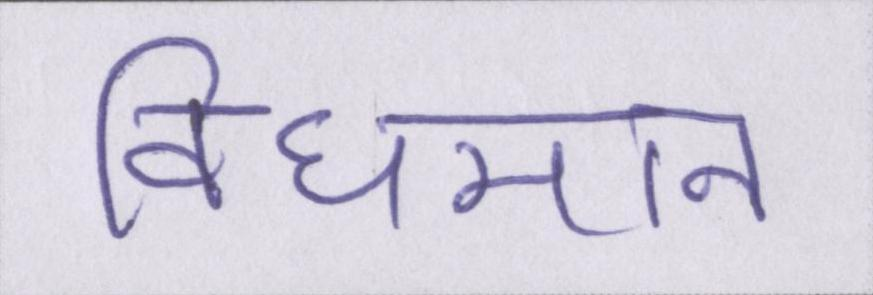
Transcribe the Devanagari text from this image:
विधमान